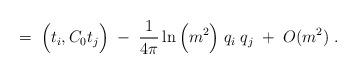
LaTeX: \begin{align*}= \;\Big(t_i,C_0 t_j \Big) \; - \;\frac{1}{4\pi} \ln\Big(m^2 \Big) \; q_i \; q_j \; + \; O(m^2)\; .\end{align*}